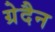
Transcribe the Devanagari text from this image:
ग्रेदैन